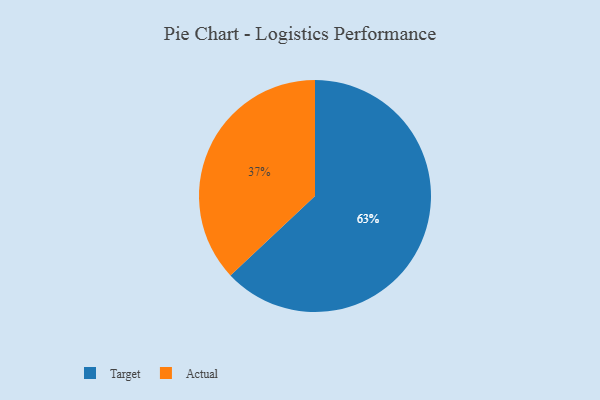
{"axis": {"x": "Category", "y": "Percentage"}, "legend": ["Actual", "Target"], "data": [{"x": "Target", "y": 63, "type": "Target"}, {"x": "Actual", "y": 37, "type": "Actual"}]}